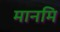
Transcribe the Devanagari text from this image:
मानमि